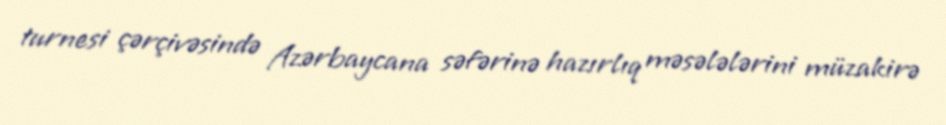
turnesi çərçivəsində Azərbaycana səfərinə hazırlıq məsələlərini müzakirə